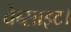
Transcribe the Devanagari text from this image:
वेब्साइट।